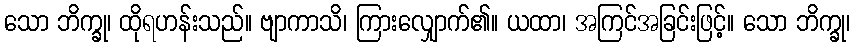
သော ဘိက္ခု၊ ထိုရဟန်းသည်။ ဗျာကာသိ၊ ကြားလျှောက်၏။ ယထာ၊ အကြင်အခြင်းဖြင့်။ သော ဘိက္ခု၊